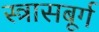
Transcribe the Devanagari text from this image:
स्त्रासबूर्ग